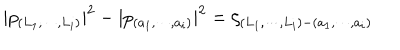
| p _ { ( L _ { 1 } , \cdots , L _ { i } ) } | ^ { 2 } - | p _ { ( a _ { 1 } , \cdots , a _ { i } ) } | ^ { 2 } = \zeta _ { ( L _ { 1 } , \cdots , L _ { i } ) - ( a _ { 1 } , \cdots , a _ { i } ) }